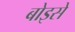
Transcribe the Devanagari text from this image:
बोइसे